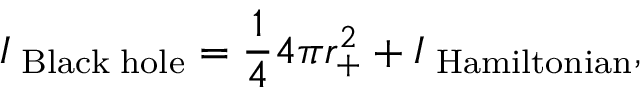
I _ { \mathrm { \tiny ~ B l a c k ~ h o l e } } = \frac { 1 } { 4 } 4 \pi r _ { + } ^ { 2 } + I _ { \mathrm { \tiny ~ H a m i l t o n i a n } } ,